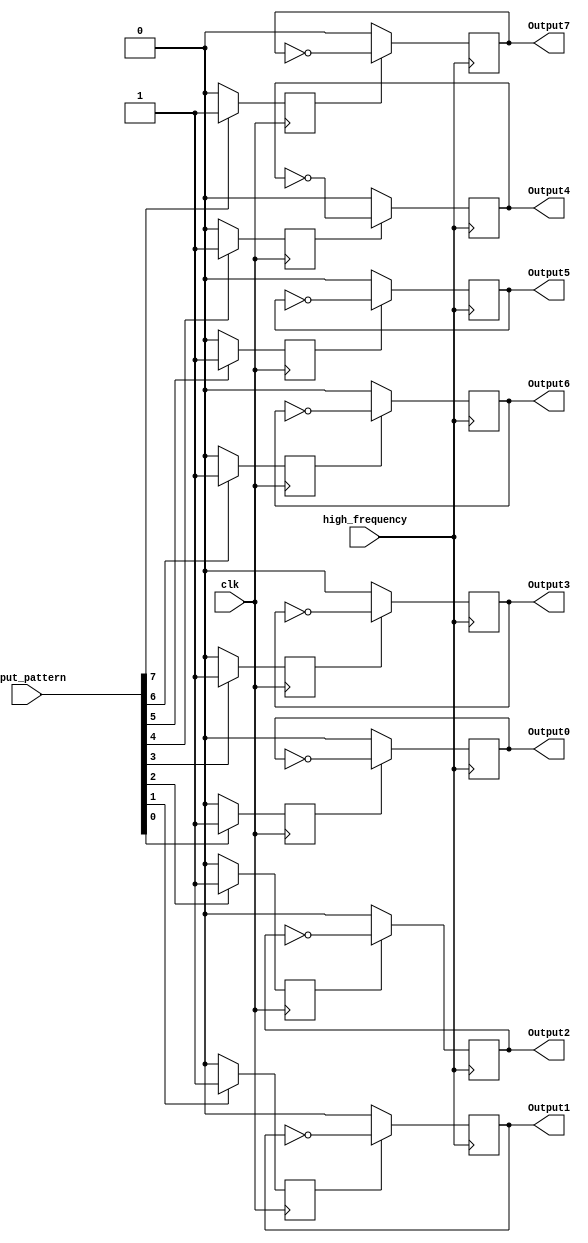
`timescale 1ns / 1ps
module name(
  input high_frequency,
  input clk,
  output reg Output0, Output1, Output2, Output3, Output4, Output5, Output6, Output7,
  input [7:0] input_pattern
    );

parameter IDLE=0;
parameter HIGH_FREQUENCY=1; 

reg state0=0;	reg state1=0;	reg state2=0;	reg state3=0;
reg state4=0;	reg state5=0;	reg state6=0;	reg state7=0;
	 
initial 
begin
Output0<=1'b0; Output0<=1'b0; Output0<=1'b0; Output0<=1'b0;
Output0<=1'b0; Output0<=1'b0; Output0<=1'b0; Output0<=1'b0; 
end

always @(posedge high_frequency)
	begin
			if(state0==HIGH_FREQUENCY)
			Output0<=~Output0;
			else if(state0==IDLE)
			Output0<=0;
			
		   if(state1==HIGH_FREQUENCY)
			Output1<=~Output1;
			else if(state1==IDLE)
			Output1<=0;
			
		   if(state2==HIGH_FREQUENCY)
			Output2<=~Output2;
			else if(state2==IDLE)
			Output2<=0;
			
			if(state3==HIGH_FREQUENCY)
			Output3<=~Output3;
			else if(state3==IDLE)
			Output3<=0;
			
			if(state4==HIGH_FREQUENCY)
			Output4<=~Output4;
			else if(state4==IDLE)
			Output4<=0;
			
			if(state5==HIGH_FREQUENCY)
			Output5<=~Output5;
			else if(state5==IDLE)
			Output5<=0;
			
			if(state6==HIGH_FREQUENCY)
			Output6<=~Output6;
			else if(state6==IDLE)
			Output6<=0;
			
			if(state7==HIGH_FREQUENCY)
			Output7<=~Output7;
			else if(state7==IDLE)
			Output7<=0;
end

always @(posedge clk)
    begin 
	if(input_pattern[0]==0)
			state0<=IDLE;
	else
			state0<=HIGH_FREQUENCY;
			
	if(input_pattern[1]==0)
			state1<=IDLE;
	else
			state1<=HIGH_FREQUENCY;
			
	if(input_pattern[2]==0)
			state2<=IDLE;
	else
			state2<=HIGH_FREQUENCY;
			
	if(input_pattern[3]==0)
			state3<=IDLE;
	else
			state3<=HIGH_FREQUENCY;
			
	if(input_pattern[4]==0)
			state4<=IDLE;
	else
			state4<=HIGH_FREQUENCY;
			
	if(input_pattern[5]==0)
			state5<=IDLE;
	else
			state5<=HIGH_FREQUENCY;
			
	if(input_pattern[6]==0)
			state6<=IDLE;
	else
			state6<=HIGH_FREQUENCY;
			
	if(input_pattern[7]==0)
			state7<=IDLE;
	else
			state7<=HIGH_FREQUENCY;
end
endmodule